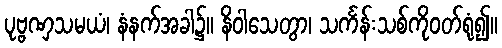
ပုဗ္ဗဏှသမယံ၊ နံနက်အခါ၌။ နိဝါသေတွာ၊ သင်္ကန်းသစ်ကိုဝတ်ရုံ၍။